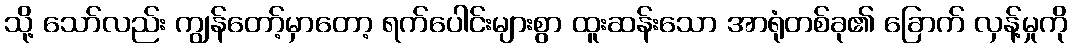
သို့ သော်လည်း ကျွန်တော့်မှာတော့ ရက်ပေါင်းများစွာ ထူးဆန်းသော အာရုံတစ်ခု၏ ခြောက် လှန့်မှုကို